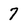
Character: 7